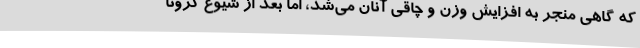
که گاهی منجر به افزایش وزن و چاقی آنان می‌شد، اما بعد از شیوع کرونا